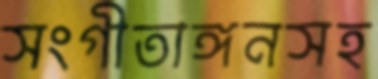
সংগীতাঙ্গনসহ